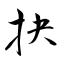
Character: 抉